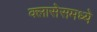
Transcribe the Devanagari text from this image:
क्लासेसमध्ये